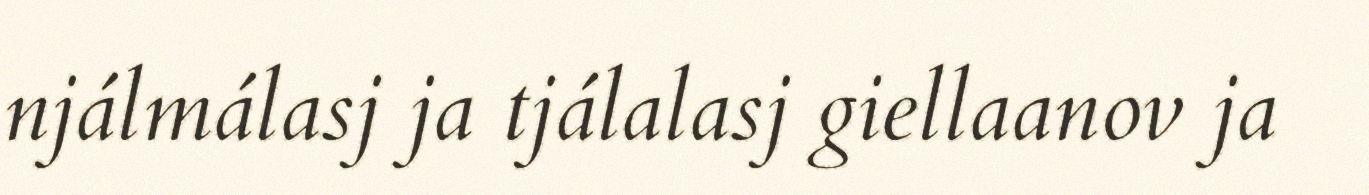
njálmálasj ja tjálalasj giellaanov ja